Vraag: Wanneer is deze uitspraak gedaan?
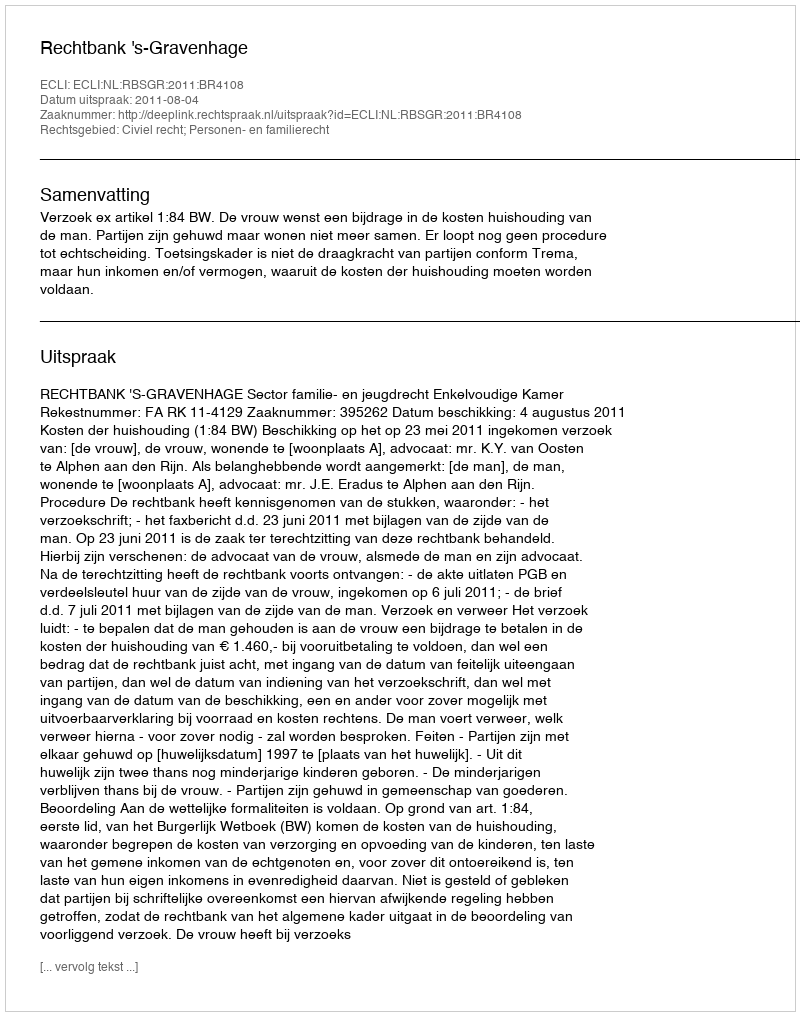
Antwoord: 2011-08-04